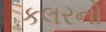
કલરનો